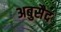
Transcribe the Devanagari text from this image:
अबुसैद